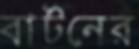
বার্টনের